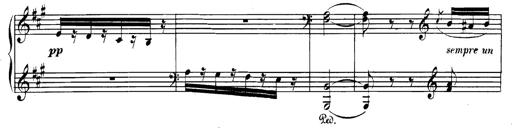
Title: Spinnerlied aus dem Fliegenden HollÃ¤nder
Composer: Franz Liszt